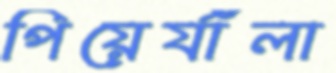
পিয়ের্যাঁলা